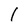
Character: 1